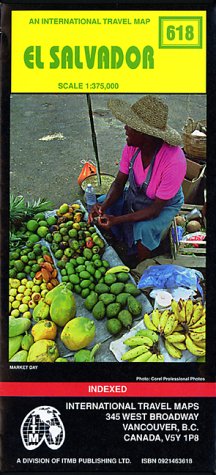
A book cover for El Salvador Map (Travel Reference Map); Jack Joyce; Travel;